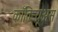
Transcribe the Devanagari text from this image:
काँतिन्यूअस